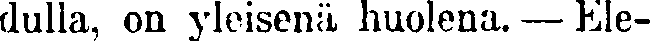
dulla, on yleisenä huolena. — Ele-